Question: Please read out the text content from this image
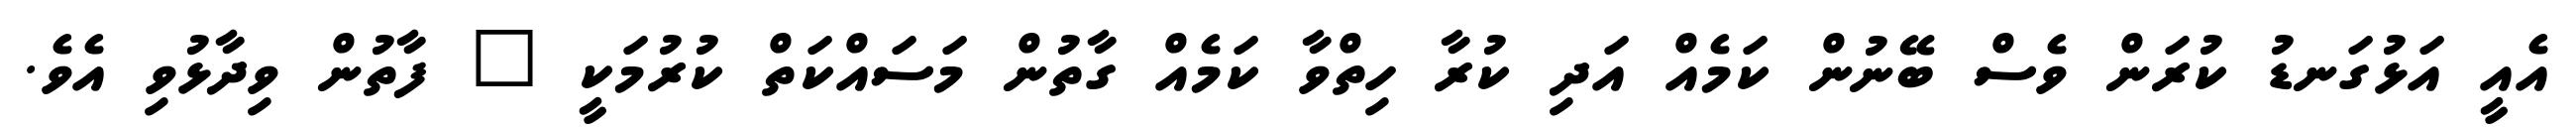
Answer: އެއީ އަޅުގަނޑު ކުރަން ވެސް ބޭނުން ކަމެއް އަދި ކުރާ ހިތްވާ ކަމެއް ގާތުން މަސައްކަތް ކުރުމަކީ " ފާތުން ވިދާޅުވި އެވެ.